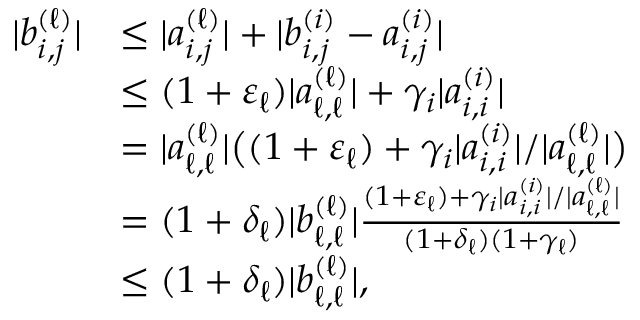
\begin{array} { r l } { | b _ { i , j } ^ { ( \ell ) } | } & { \le | a _ { i , j } ^ { ( \ell ) } | + | b _ { i , j } ^ { ( i ) } - a _ { i , j } ^ { ( i ) } | } \\ & { \le ( 1 + \varepsilon _ { \ell } ) | a _ { \ell , \ell } ^ { ( \ell ) } | + \gamma _ { i } | a _ { i , i } ^ { ( i ) } | } \\ & { = | a _ { \ell , \ell } ^ { ( \ell ) } | \big ( ( 1 + \varepsilon _ { \ell } ) + \gamma _ { i } | a _ { i , i } ^ { ( i ) } | / | a _ { \ell , \ell } ^ { ( \ell ) } | \big ) } \\ & { = ( 1 + \delta _ { \ell } ) | b _ { \ell , \ell } ^ { ( \ell ) } | \frac { ( 1 + \varepsilon _ { \ell } ) + \gamma _ { i } | a _ { i , i } ^ { ( i ) } | / | a _ { \ell , \ell } ^ { ( \ell ) } | } { ( 1 + \delta _ { \ell } ) ( 1 + \gamma _ { \ell } ) } } \\ & { \le ( 1 + \delta _ { \ell } ) | b _ { \ell , \ell } ^ { ( \ell ) } | , } \end{array}